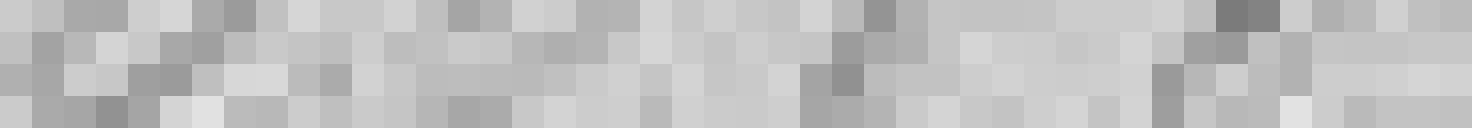
20.685,